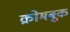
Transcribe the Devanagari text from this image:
क्रोमबूक